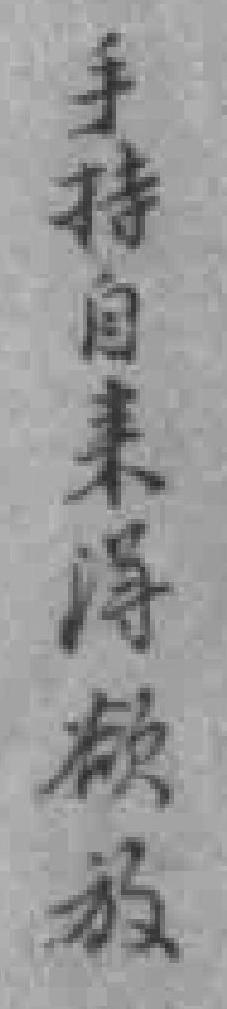
手持自来淂欲放